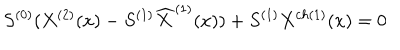
S ^ { ( 0 ) } ( X ^ { ( 2 ) } ( x ) - S ^ { ( 1 ) } { \widehat X } ^ { ( 1 ) } ( x ) ) + S ^ { ( 1 ) } X ^ { c h ( 1 ) } ( x ) = 0